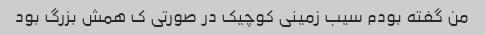
من گفته بودم سیب زمینی کوچیک در صورتی ک همش بزرگ بود